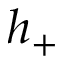
h _ { + }